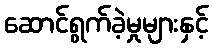
ဆောင်ရွက်ခဲ့မှုများနှင့်